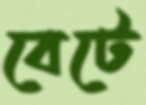
বেটে